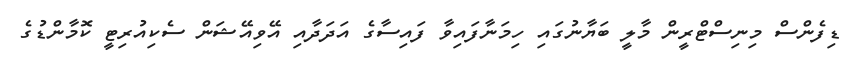
ޑިފެންސް މިނިސްޓްރީން މާލީ ބަޔާނުގައި ހިމަނާފައިވާ ފައިސާގެ އަދަދާއި އޭވިއޭޝަން ސެކިއުރިޓީ ކޮމާންޑުގެ